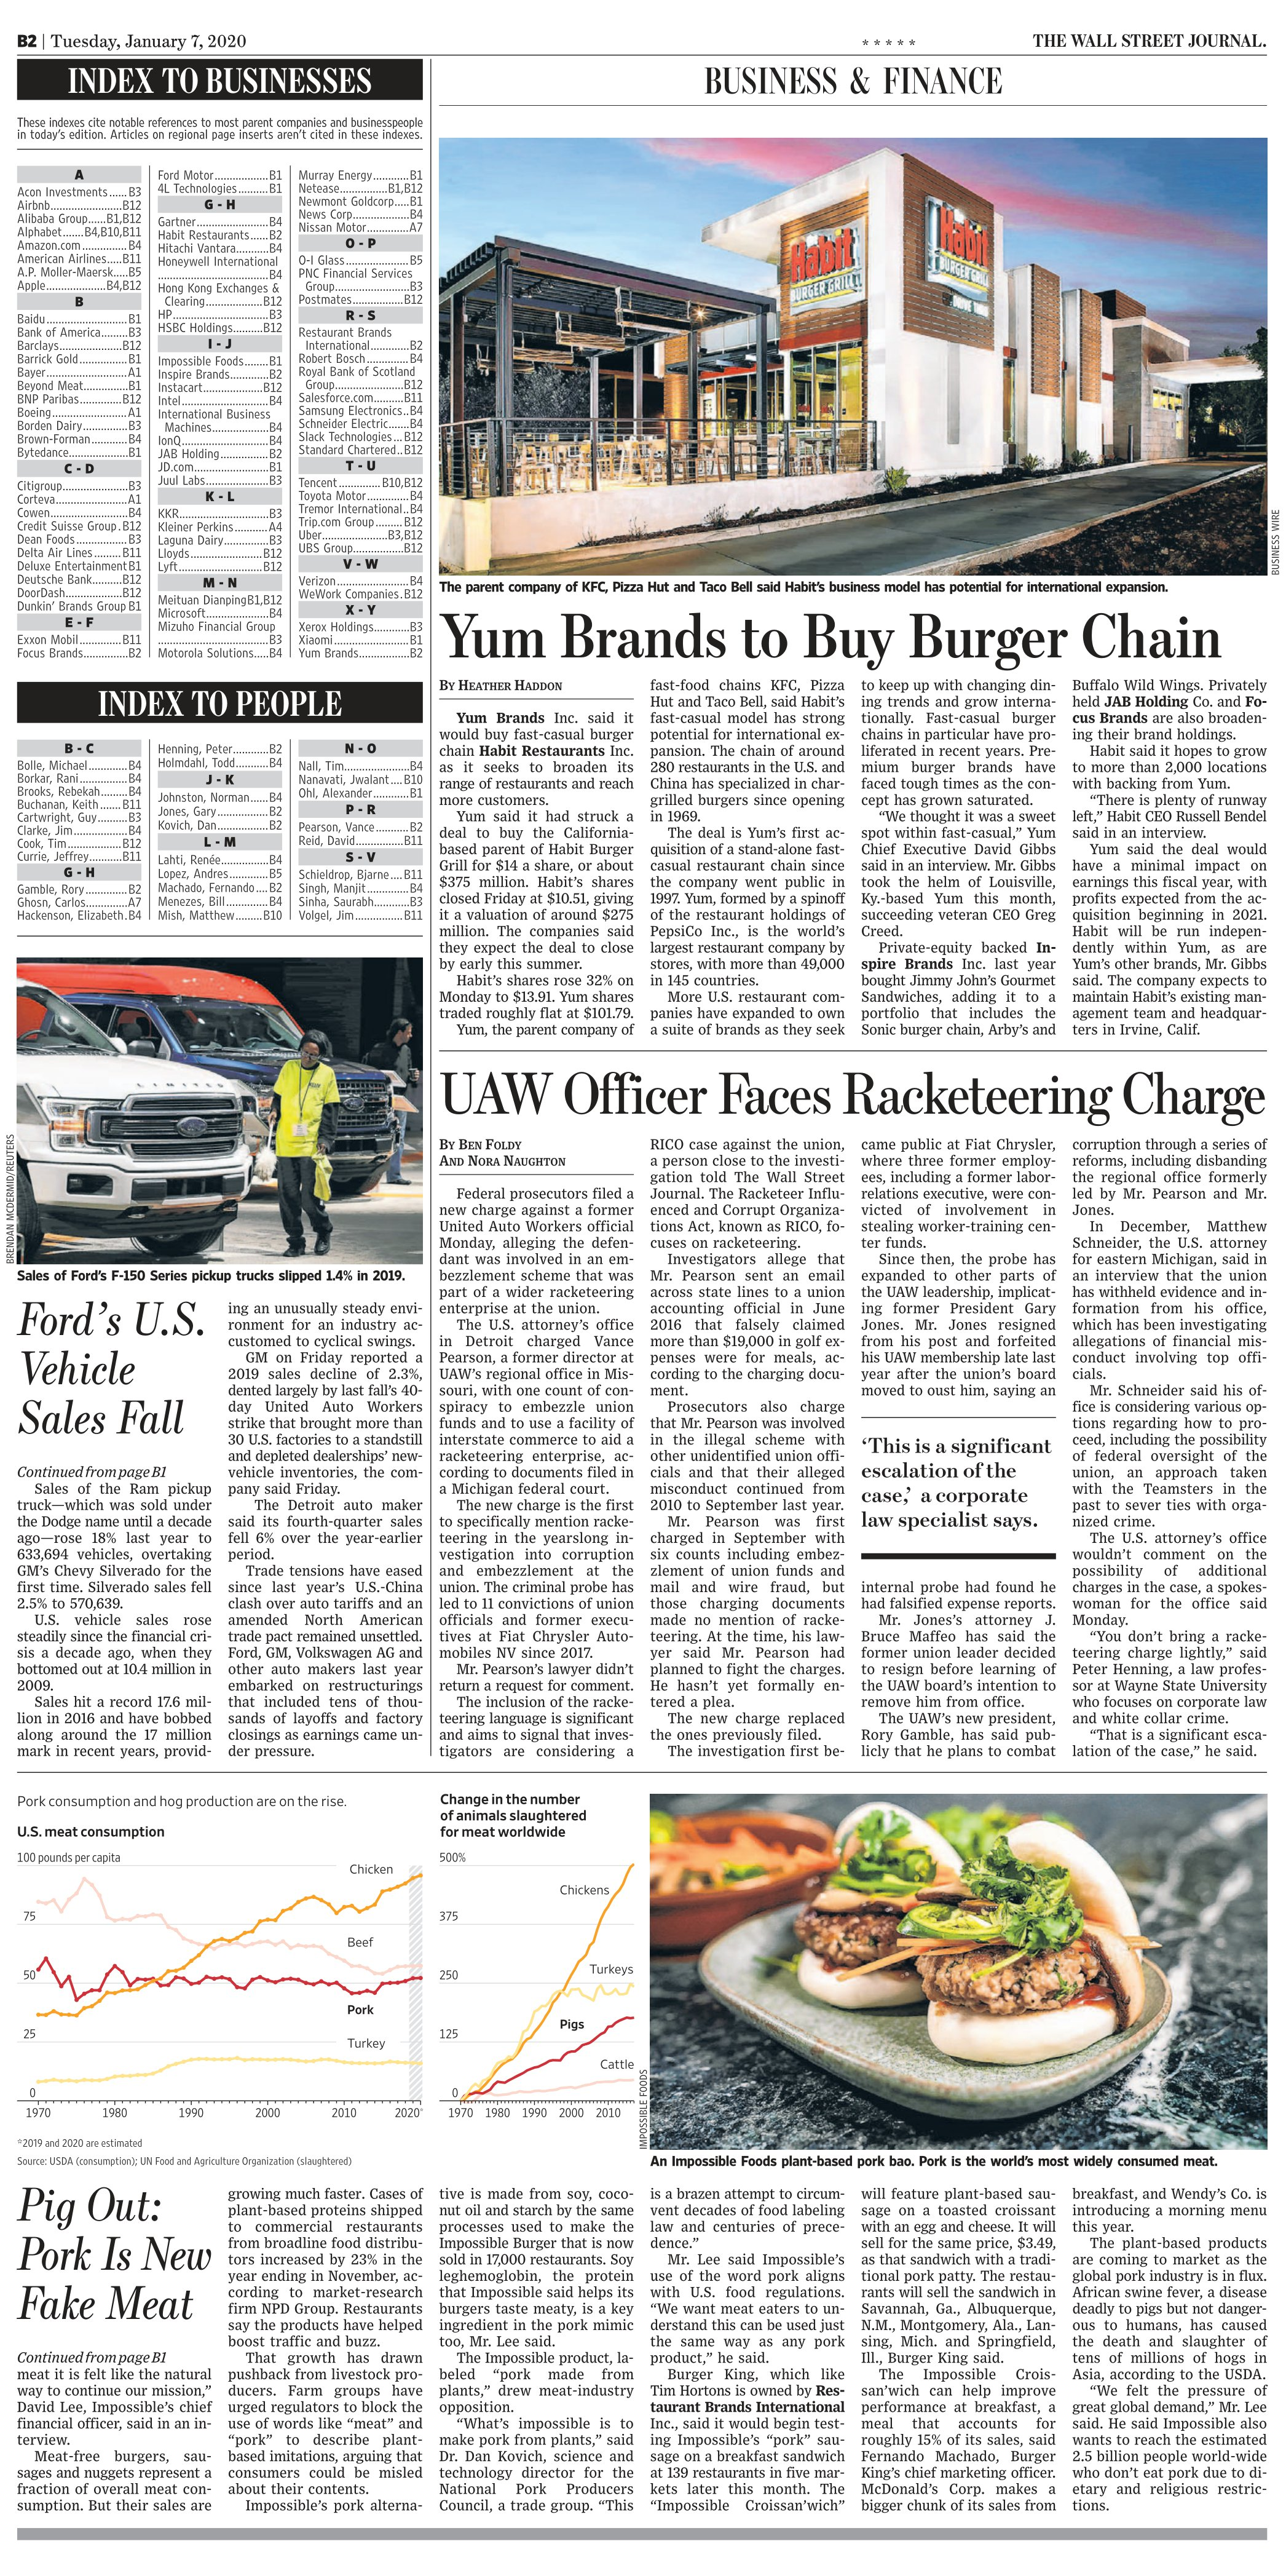
Language: en